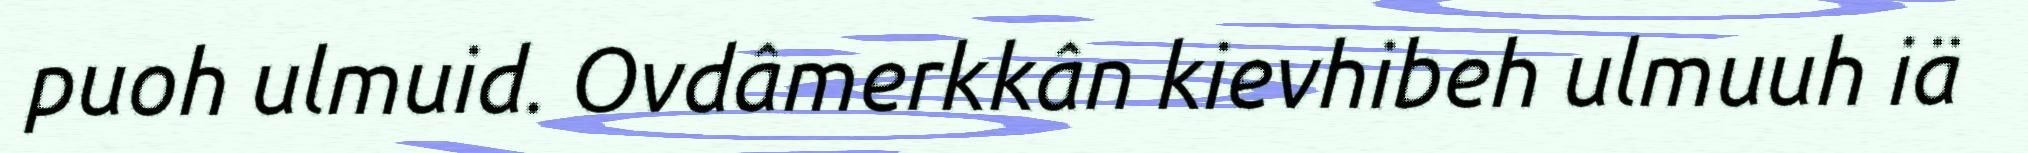
puoh ulmuid. Ovdâmerkkân kievhibeh ulmuuh iä